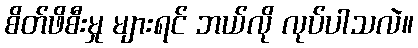
စိတ်ဖိစီးမှု များရင် ဘယ်လို လုပ်ပါသလဲ။